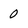
Character: 0